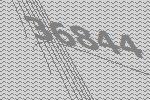
36844